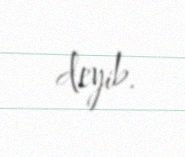
deyib.